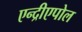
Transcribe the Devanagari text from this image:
एन्द्रीएपोल